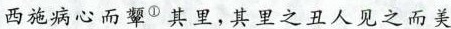
西施病心而颦，其里之丑人见之而美